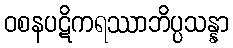
ဝစနပဋိကရဿာဘိပ္ပသန္နာ